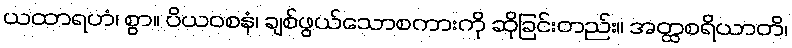
ယထာရဟံ၊ စွာ။ ပိယဝစနံ၊ ချစ်ဖွယ်သောစကားကို ဆိုခြင်းတည်း။ အတ္ထစရိယာတိ၊